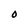
Character: O